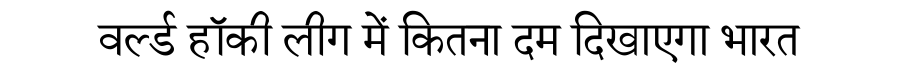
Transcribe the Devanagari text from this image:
वर्ल्ड हॉकी लीग में कितना दम दिखाएगा भारत